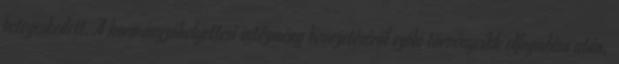
betegeskedett. A kormányzóhelyettesi intézmény bevezetéséről szóló törvénycikk elfogadása után,